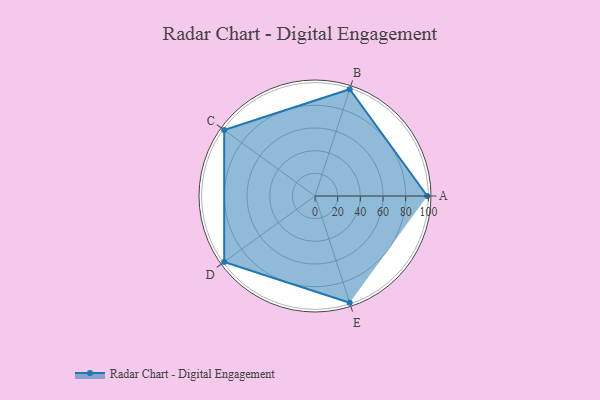
{"axis": {"x": "Skill", "y": "Score"}, "legend": ["Profile"], "data": [{"x": "A", "y": 99, "type": "Profile"}, {"x": "B", "y": 99, "type": "Profile"}, {"x": "C", "y": 99, "type": "Profile"}, {"x": "D", "y": 99, "type": "Profile"}, {"x": "E", "y": 99, "type": "Profile"}]}